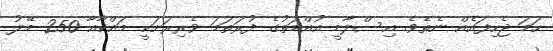
ހަމަ ޖެހިފައެއް ނެތެވެ. އިސްލާމީ އުއްމަތުގެ ފުރަތަމަ ވެރިރަށަކީ މައްކާއާ 250 މޭލު